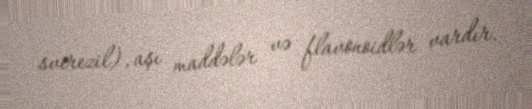
sverezil), aşı maddələr və flavonoidlər vardır.